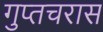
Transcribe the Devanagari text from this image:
गुप्तचरास